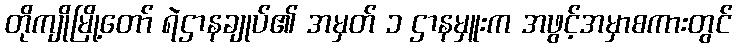
တိုကျိုမြို့တော် ရဲဌာနချုပ်၏ အမှတ် ၁ ဌာနမှူးက အဖွင့်အမှာစကားတွင်